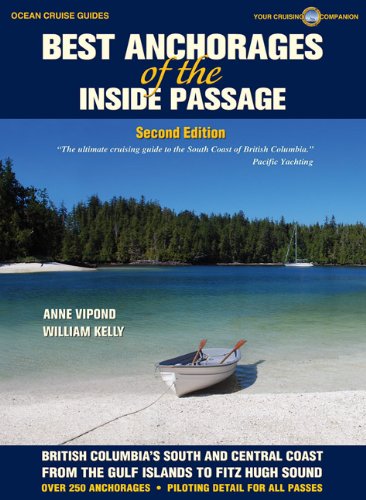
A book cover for Best Anchorages of the Inside Passage -2nd Edition (Ocean Cruise Guides); Anne Vipond; Travel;